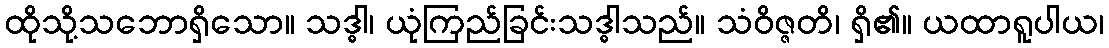
ထိုသို့သဘောရှိသော။ သဒ္ဓါ၊ ယုံကြည်ခြင်းသဒ္ဓါသည်။ သံဝိဇ္ဇတိ၊ ရှိ၏။ ယထာရူပါယ၊